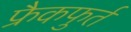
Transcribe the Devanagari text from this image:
फ्रैकफुर्त